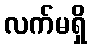
လက်မရှိ